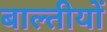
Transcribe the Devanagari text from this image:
बाल्तीयों